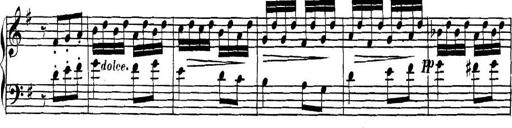
Title: Collected Piano Sonatas
Composer: Muzio Clementi